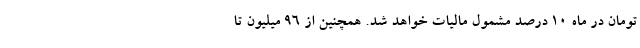
تومان در ماه ۱۰ درصد مشمول مالیات خواهد شد. همچنین از ۹۶ میلیون تا